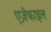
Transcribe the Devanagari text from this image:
एज़ेकाइल